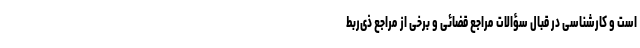
است و کارشناسی در قبال سؤالات مراجع قضائی و برخی از مراجع ذ‌ی‌ربط